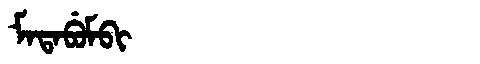
Manchu: ᠮᠠᡨᠠᠪᡠᠮᠪᡳ
Romanization: MATABUMBI